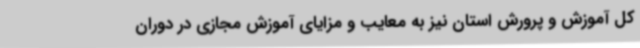
کل آموزش و پرورش استان نیز به معایب و مزایای آموزش مجازی در دوران